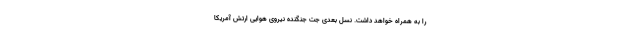
را به همراه خواهد داشت. نسل بعدی جت جنگنده نیروی هوایی ارتش آمریکا